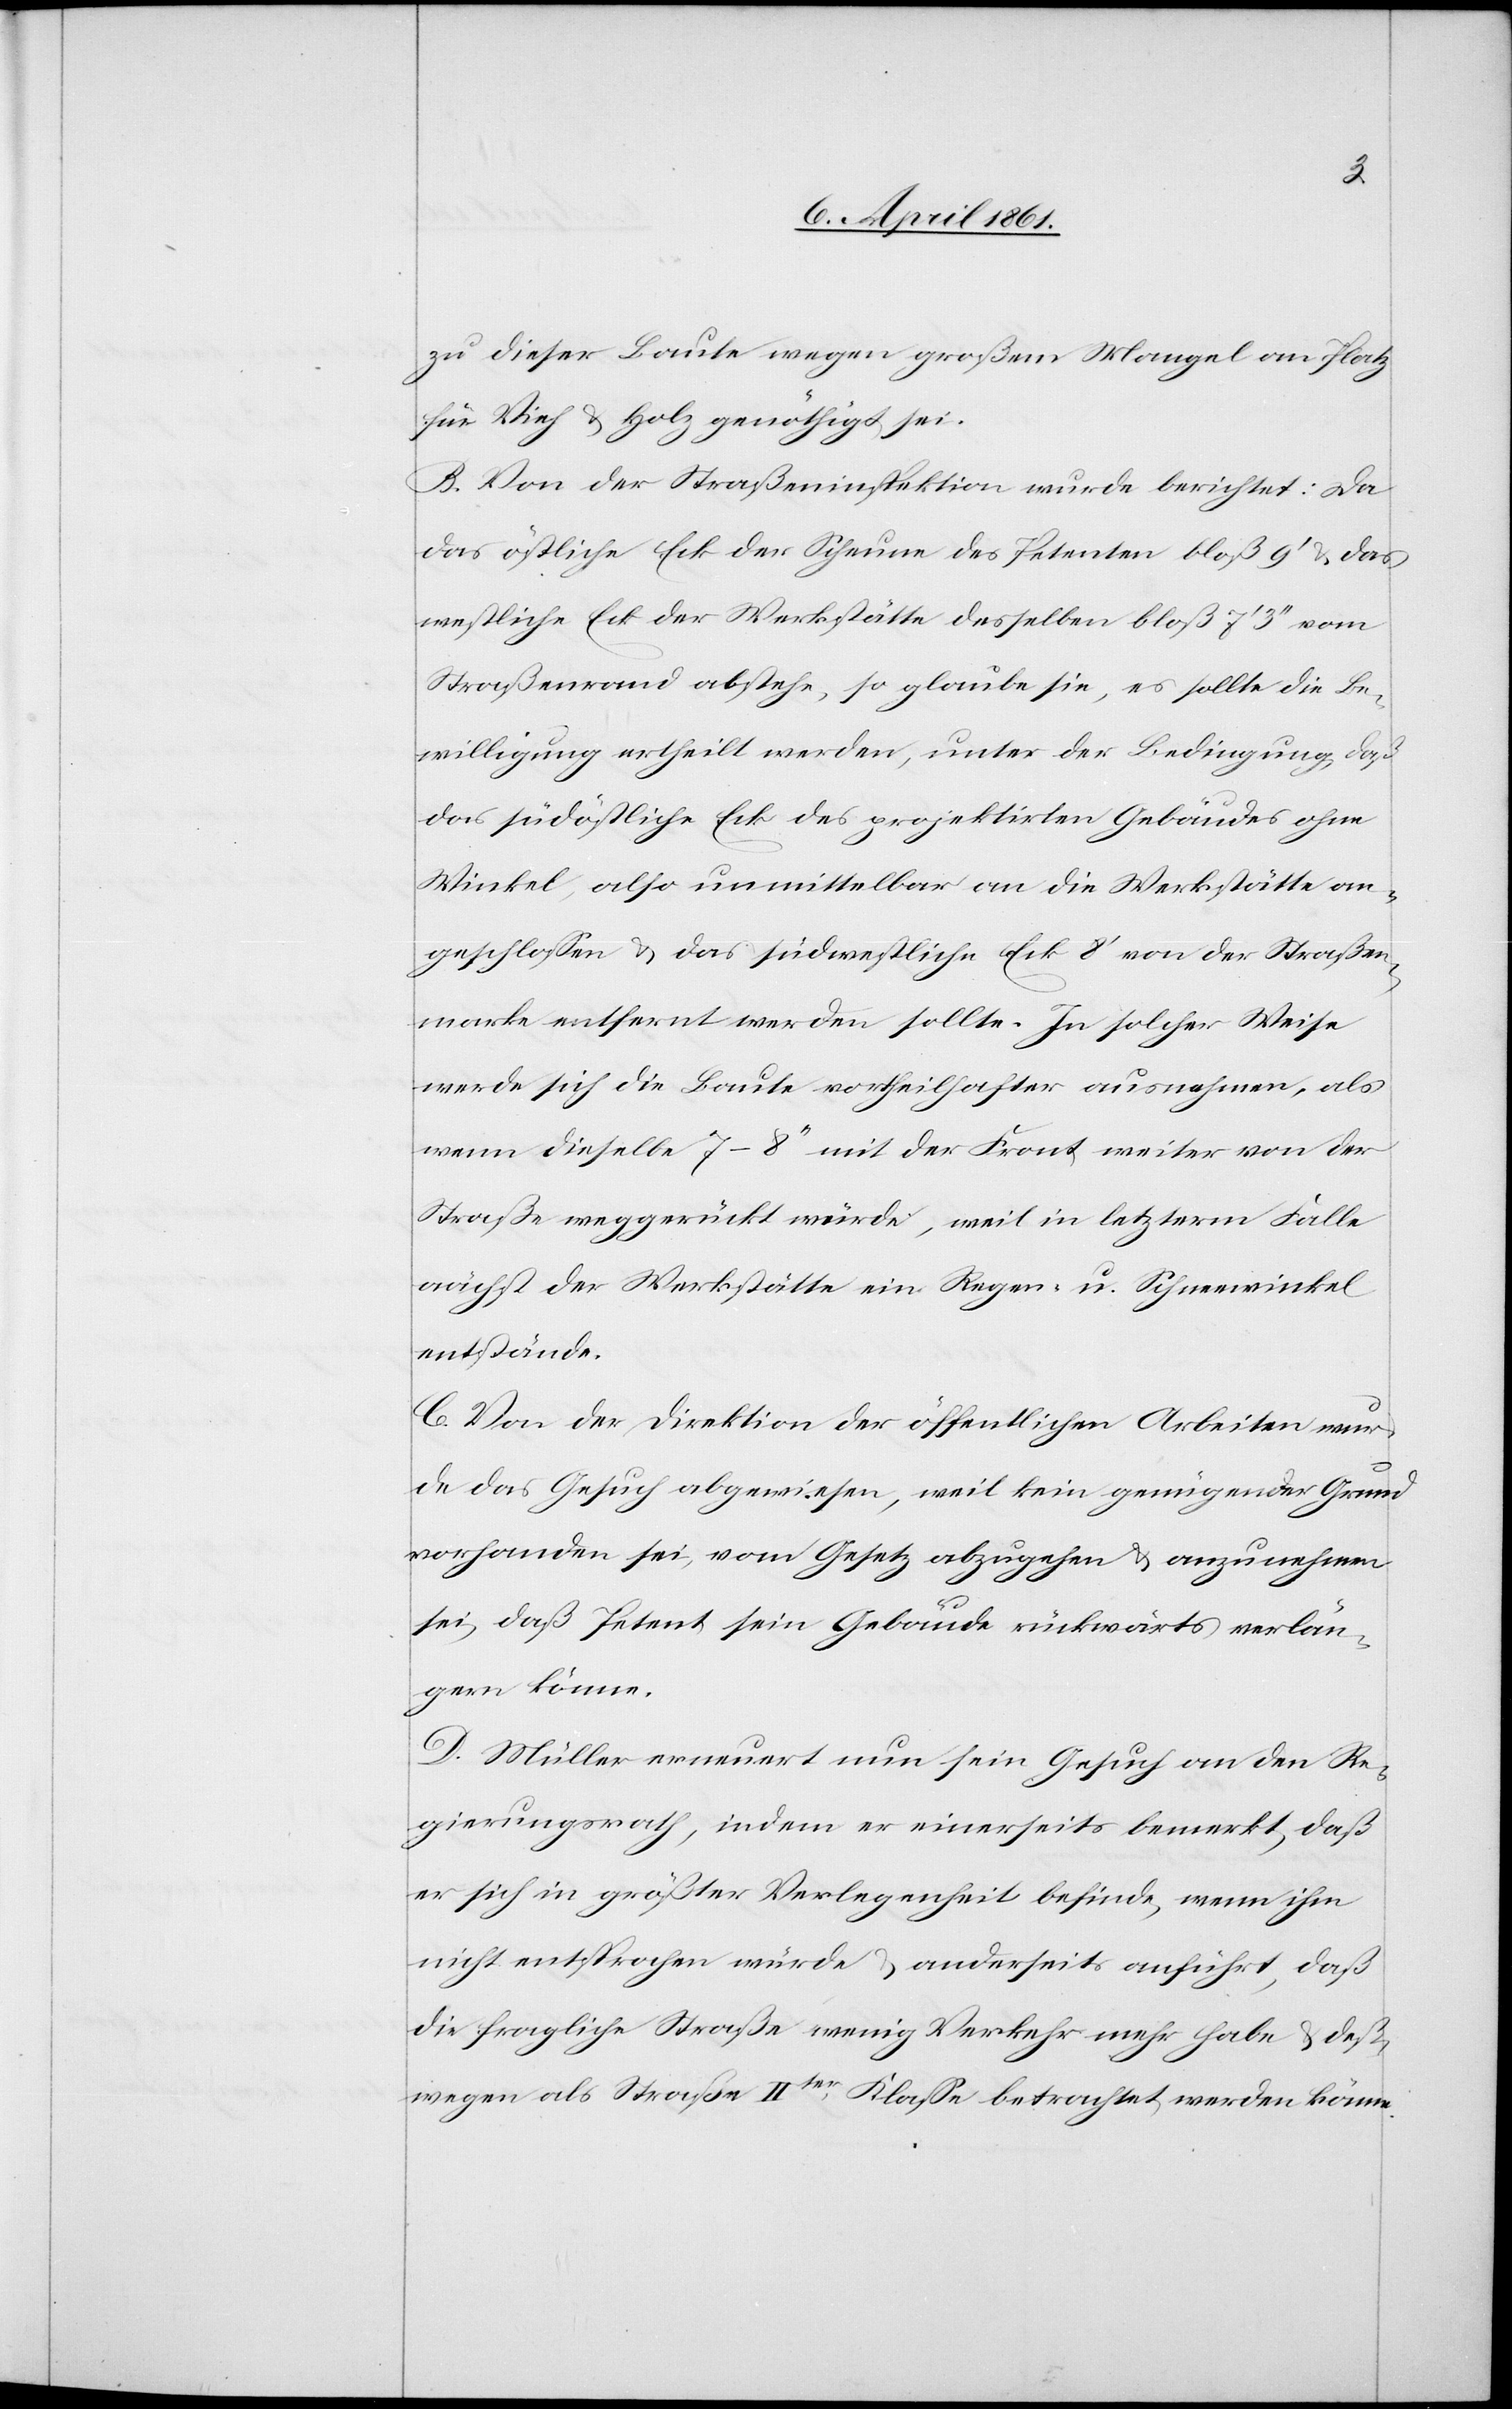
zu dieser Baute wegen großem Mangel an Platz
für Vieh u. Holz genöthigt sei.
B. Von der Straßeninspektion wurde berichtet: Da
das östliche Eck der Scheune des Petenten bloß 9’ u. das
westliche Eck der Werkstätte desselben bloß 7’ 3’’ vom
Straßenrand abstehe, so glaube sie, es sollte die Be¬
willigung ertheilt werden, unter der Bedingung, daß
das südöstliche Eck des projektirten Gebäudes ohne
Winkel, also unmittelbar an die Werkstätte an¬
geschlossen u. das südwestliche Eck 8’ von der Straßen¬
marke entfernt werden sollte. In solcher Weise
werde sich die Baute vortheilhafter ausnehmen, als
wenn dieselbe 7–8’’ mit der Front weiter von der
Straße weggerückt würde, weil in letzterm Falle
nächst der Werkstätte ein Regen- u. Schneewinkel
entstände.
C. Von der Direktion der öffentlichen Arbeiten wur¬
de das Gesuch abgewiesen, weil kein genügender Grund
vorhanden sei, vom Gesetz abzugehen u. anzunehmen
sei, daß Petent sein Gebäude rückwärts verlän¬
gern könne.
D. Müller erneuert nun sein Gesuch an den Re¬
gierungsrath, indem er einerseits bemerkt, daß
er sich in größter Verlegenheit befinde, wenn ihm
nicht entsprochen würde u. anderseits anführt, daß
die fragliche Straße wenig Verkehr mehr habe u. deß¬
wegen als Straße IIter Klasse betrachtet werden könne.